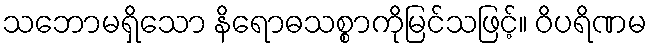
သဘောမရှိသော နိရောဓသစ္စာကိုမြင်သဖြင့်။ ဝိပရိဏမ